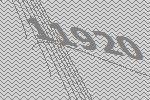
11920